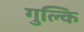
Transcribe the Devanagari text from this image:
गुल्कि